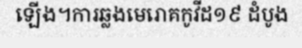
ឡើង។ការឆ្លងមេរោគកូវីដ១៩ ដំបូង